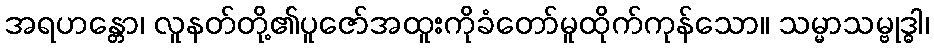
အရဟန္တော၊ လူနတ်တို့၏ပူဇော်အထူးကိုခံတော်မူထိုက်ကုန်သော။ သမ္မာသမ္ဗုဒ္ဓါ၊